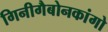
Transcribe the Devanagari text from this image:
गिनीगैबोनकांगो